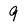
Character: 9